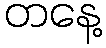
တနေ့